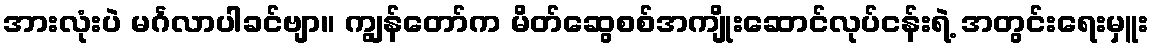
အားလုံးပဲ မင်္ဂလာပါခင်ဗျာ။ ကျွန်တော်က မိတ်ဆွေစစ်အကျိုးဆောင်လုပ်ငန်းရဲ့ အတွင်းရေးမှူး